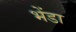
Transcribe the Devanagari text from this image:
भेंडा